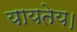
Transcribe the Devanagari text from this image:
यायतेय।